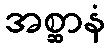
အစ္ဆာနံ